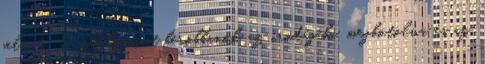
jelent. Szó szerint berobbanok az irodájába, megbotolva és az